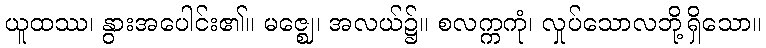
ယူထဿ၊ နွားအပေါင်း၏။ မဇ္ဈေ၊ အလယ်၌။ စလက္ကကုံ၊ လှုပ်သောလဘို့ရှိသော။